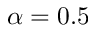
\alpha = 0 . 5